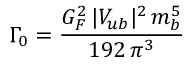
\Gamma _ { 0 } = { \frac { G _ { F } ^ { 2 } \, | V _ { u b } | ^ { 2 } \, m _ { b } ^ { 5 } } { 1 9 2 \, \pi ^ { 3 } } }